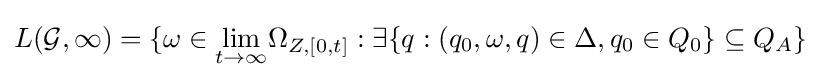
L({\mathcal {G}},\infty )=\{\omega \in {\underset {t\rightarrow \infty }{\lim }}\Omega _{Z,[0,t]}:\exists \{q:(q_{0},\omega ,q)\in \Delta ,q_{0}\in Q_{0}\}\subseteq Q_{A}\}